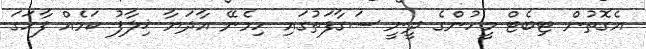
އެގޮތުން ޓިބެޓް މީހުންގެ ދީނީ ސަގާފަތުގައި ހިމެނޭ އާދަޔާ ޚިލާފު ކަމެއް ފާހަގަ